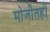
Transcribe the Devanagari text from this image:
मोजीतही